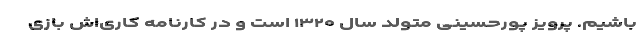
باشیم. پرویز پورحسینی متولد سال ۱۳۲۰ است و در کارنامه کاری‌اش بازی